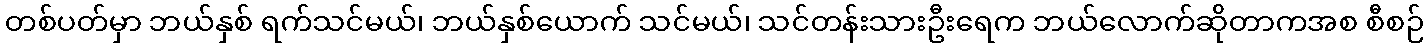
တစ်ပတ်မှာ ဘယ်နှစ် ရက်သင်မယ်၊ ဘယ်နှစ်ယောက် သင်မယ်၊ သင်တန်းသားဦးရေက ဘယ်လောက်ဆိုတာကအစ စီစဉ်